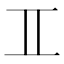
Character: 𮯰